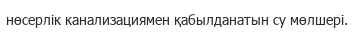
нөсерлік канализациямен қабылданатын су мөлшері.